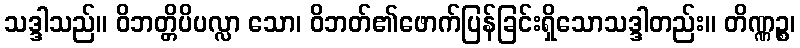
သဒ္ဒါသည်။ ဝိဘတ္တိပိပလ္လာ သော၊ ဝိဘတ်၏ဖောက်ပြန်ခြင်းရှိသောသဒ္ဒါတည်း။ တိဏ္ဏဉ္စ၊